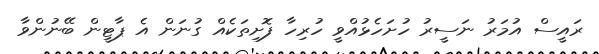
ރައީސް އުމަރު ނަސީރު ހުށަހެޅުއްވީ ހުރިހާ ފޮށިތަކެއް ގުނަން އެ ޕާޓީން ބޭނުންވާ